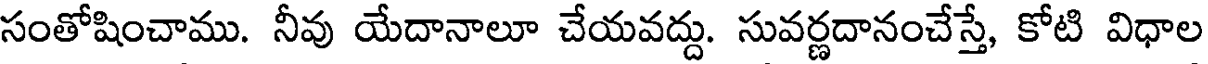
సంతోషించాము. నీవు యేదానాలూ చేయవద్దు. సువర్ణదానంచేస్తే, కోటి విధాల